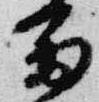
富